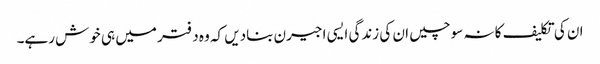
ان کی تکلیف کا نہ سوچیں ان کی زندگی ایسی اجیرن بنادیں کہ وہ دفتر میں ہی خوش رہے۔